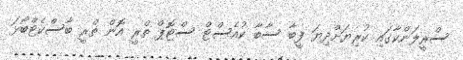
ސްރީލަންކާގައި ކުރިޔަށްދިޔަ ފީބާ ސާބާ ކުއެސްޓް ސްޓޮޕް ތްރީ އޮން ތްރީ ބާސްކެޓްބޯޅަ